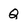
Character: Q